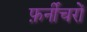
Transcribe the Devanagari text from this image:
फ़र्नीचरों